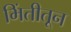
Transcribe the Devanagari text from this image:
भिंतीतून